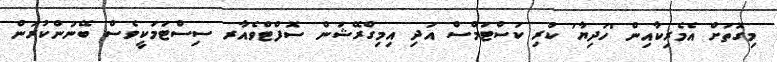
މިގޮތަށް އެމެރިކާއިން 'ހަދިޔާ' ކުރި ކަސްޓަމްސް އަދި އިމިގްރޭޝަން ސޮފްޓްވެއާރ ސިސްޓަމަކީވެސް ބޭނުންކުރަން